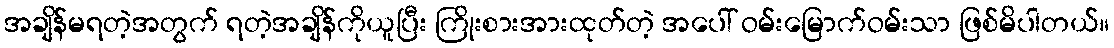
အချိန်မရတဲ့အတွက် ရတဲ့အချိန်ကိုယူပြီး ကြိုးစားအားထုတ်တဲ့ အပေါ် ဝမ်းမြောက်ဝမ်းသာ ဖြစ်မိပါတယ်။